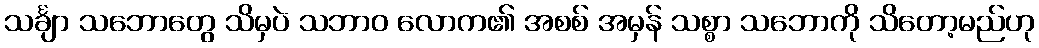
သင်္ချာ သဘောတွေ သိမှပဲ သဘာဝ လောက၏ အစစ် အမှန် သစ္စာ သဘောကို သိတော့မည်ဟု